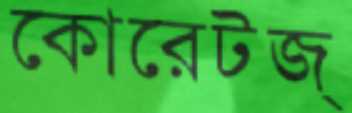
কোরেটজ্